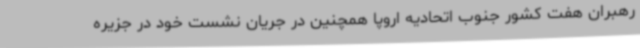
رهبران هفت کشور جنوب اتحادیه اروپا همچنین در جریان نشست خود در جزیره